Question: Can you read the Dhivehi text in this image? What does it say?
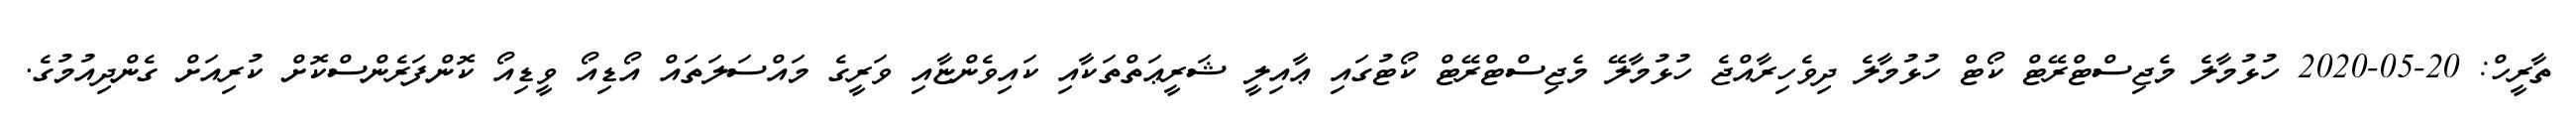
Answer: ތާރީހް: 20-05-2020 ހުޅުމާލެ މެޖިސްޓްރޭޓް ކޯޓް ހުޅުމާލެ ދިވެހިރާއްޖެ ހުޅުމާލޭ މެޖިސްޓްރޭޓް ކޯޓުގައި ޢާއިލީ ޝަރީޢަތްތަކާއި ކައިވެންޏާއި ވަރީގެ މައްސަލަތައް އޯޑިއޯ ވީޑިއޯ ކޮންފަރެންސްކޮށް ކުރިއަށް ގެންދިއުމުގެ.